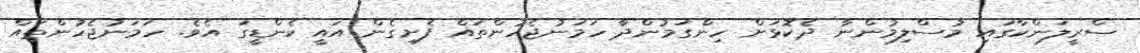
ސްރީލަންކާގައި މުސްލިމުންނާ ދެކޮޅަށް ހިންގަމުންދާ ހަމަނުޖެހުންތައް ފެށިގެން އައީ ކެންޑީގަ އެވެ. ހަމަނުޖެހުންތައް